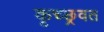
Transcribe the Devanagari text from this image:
कृच्छ्रवत